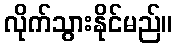
လိုက်သွားနိုင်မည်။